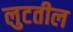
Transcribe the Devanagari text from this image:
लुटतील